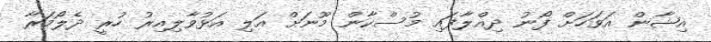
އިޝާން އަވަހަށް ފޯނު ދިއްލާފައި މުސްކާން މޫނަށް އަލި އަޅުވާލިއިރު ހުރީ ދެލޯމަރާ